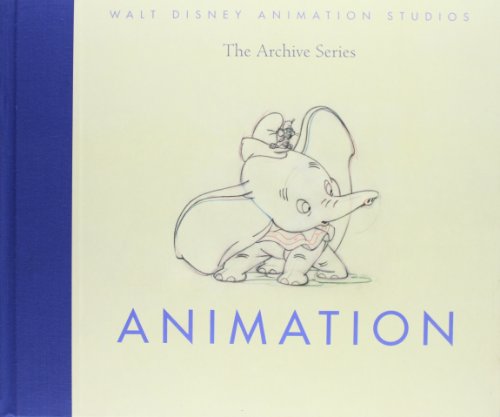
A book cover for Animation (Walt Disney Animation Studios: The Archive Series); Disney Book Group; Arts & Photography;